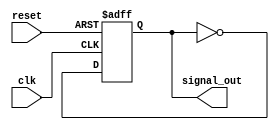
module delay_example (
    input wire clk,          // Clock input
    input wire reset,        // Reset input
    output reg signal_out    // Output signal
);

    // Initial block to set the initial state of the signal
    initial begin
        signal_out = 0;      // Initialize signal_out to 0
    end

    // Always block triggered on the rising edge of the clock or reset
    always @(posedge clk or posedge reset) begin
        if (reset) begin
            // On reset, set signal_out to 0 immediately
            signal_out = 0;
        end else begin
            // Apply a delay of 10 time units before changing signal_out
            #10 signal_out = ~signal_out; // Toggle signal_out after 10 time units
        end
    end

endmodule